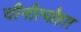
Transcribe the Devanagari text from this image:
चीनीत्यौहार